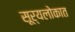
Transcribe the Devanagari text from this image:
सूर्यलोकात